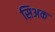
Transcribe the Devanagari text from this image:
सिअक